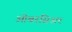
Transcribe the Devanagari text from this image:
ओबरसिअर